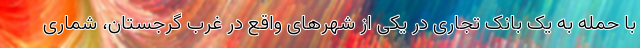
با حمله به یک بانک تجاری در یکی از شهرهای واقع در غرب گرجستان، شماری